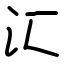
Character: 汇